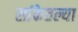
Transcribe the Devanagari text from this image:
सांकेतल्या